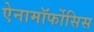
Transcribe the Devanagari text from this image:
ऐनामॉर्फोसिस